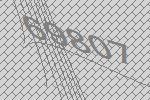
69807